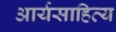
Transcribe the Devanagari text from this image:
आर्यसाहित्य